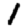
Digit: 1